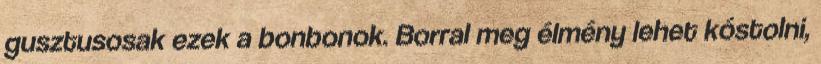
gusztusosak ezek a bonbonok. Borral meg élmény lehet kóstolni,